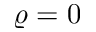
\varrho = 0